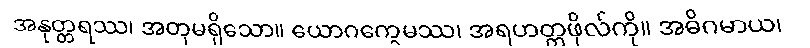
အနုတ္တရဿ၊ အတုမရှိသော။ ယောဂက္ခေမဿ၊ အရဟတ္တဖိုလ်ကို။ အဓိဂမာယ၊